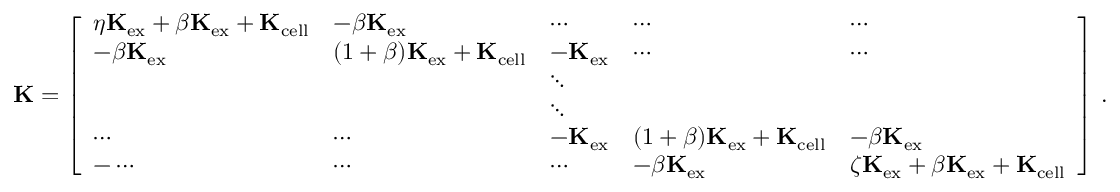
\mathbf { K } = \left[ \begin{array} { l l l l l } { \eta \mathbf { K } _ { \mathrm { e x } } + \beta \mathbf { K } _ { \mathrm { e x } } + \mathbf { K } _ { \mathrm { c e l l } } } & { - \beta \mathbf { K } _ { \mathrm { e x } } } & { \cdots } & { \cdots } & { \cdots } \\ { - \beta \mathbf { K } _ { \mathrm { e x } } } & { ( 1 + \beta ) \mathbf { K } _ { \mathrm { e x } } + \mathbf { K } _ { \mathrm { c e l l } } } & { - \mathbf { K } _ { \mathrm { e x } } } & { \cdots } & { \cdots } \\ & & { \ddots } & & \\ & & { \ddots } & & \\ { \cdots } & { \cdots } & { - \mathbf { K } _ { \mathrm { e x } } } & { ( 1 + \beta ) \mathbf { K } _ { \mathrm { e x } } + \mathbf { K } _ { \mathrm { c e l l } } } & { - \beta \mathbf { K } _ { \mathrm { e x } } } \\ { - \cdots } & { \cdots } & { \cdots } & { - \beta \mathbf { K } _ { \mathrm { e x } } } & { \zeta \mathbf { K } _ { \mathrm { e x } } + \beta \mathbf { K } _ { \mathrm { e x } } + \mathbf { K } _ { \mathrm { c e l l } } } \end{array} \right] \, .